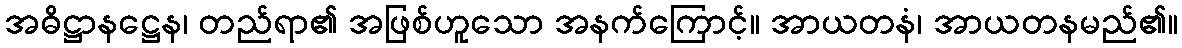
အဓိဋ္ဌာနဋ္ဌေန၊ တည်ရာ၏ အဖြစ်ဟူသော အနက်ကြောင့်။ အာယတနံ၊ အာယတနမည်၏။